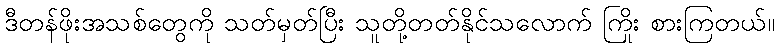
ဒီတန်ဖိုးအသစ်တွေကို သတ်မှတ်ပြီး သူတို့တတ်နိုင်သလောက် ကြိုး စားကြတယ်။